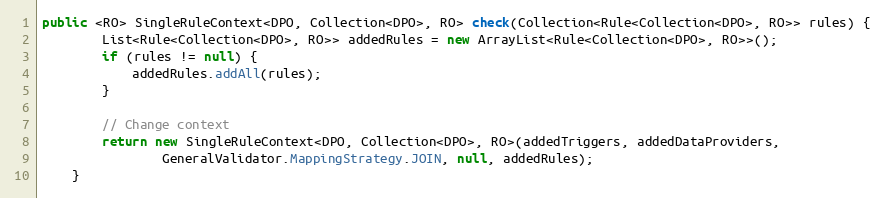
Language: Java
public <RO> SingleRuleContext<DPO, Collection<DPO>, RO> check(Collection<Rule<Collection<DPO>, RO>> rules) {
        List<Rule<Collection<DPO>, RO>> addedRules = new ArrayList<Rule<Collection<DPO>, RO>>();
        if (rules != null) {
            addedRules.addAll(rules);
        }

        // Change context
        return new SingleRuleContext<DPO, Collection<DPO>, RO>(addedTriggers, addedDataProviders,
                GeneralValidator.MappingStrategy.JOIN, null, addedRules);
    }